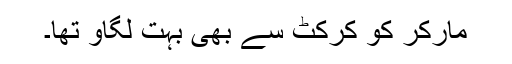
مارکر کو کرکٹ سے بھی بہت لگاو تھا۔